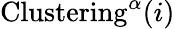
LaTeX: \mathrm{{Clustering}}^{\alpha}(i)